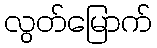
လွတ်မြောက်